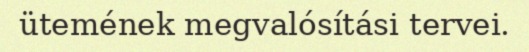
ütemének megvalósítási tervei.